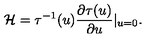
{ \cal H } = \tau ^ { - 1 } ( u ) \frac { \partial \tau ( u ) } { \partial u } | _ { u = 0 } .